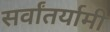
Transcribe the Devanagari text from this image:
सर्वांतर्यामी